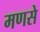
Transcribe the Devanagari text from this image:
मणसे